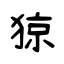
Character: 猄